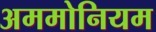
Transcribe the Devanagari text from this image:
अममोनियम